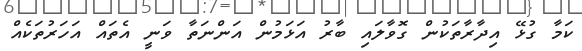
ކަމާ ގުޅޭ އިދާރާތަކުން ގޮވާލައި ބާރު އަޅަމުން އަންނަތާ ވަނީ އެތައް އަހަރުތަކެއް